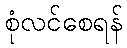
စုံလင်စေရန်